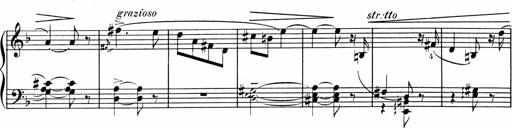
Title: 1Ã¨re Sonatine
Composer: FrÃ©dÃ©ric Binet